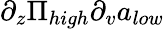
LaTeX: \partial_{z}\Pi_{high}\partial_{v}a_{low}